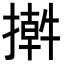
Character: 𢵕